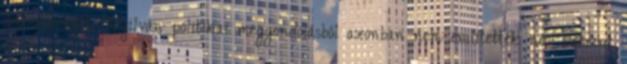
beavatkozást. Nyilván politikai meggondolásból azonban nem említették név szerint